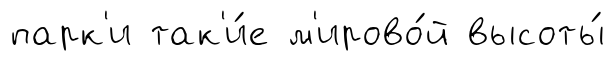
парк'и так'и́е м'ирово́й высоты́